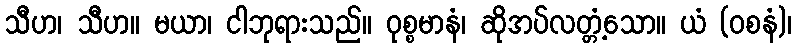
သီဟ၊ သီဟ။ မယာ၊ ငါဘုရားသည်။ ဝုစ္စမာနံ၊ ဆိုအပ်လတ္တံ့သော။ ယံ (ဝစနံ)၊